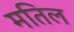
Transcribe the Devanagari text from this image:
मतिल